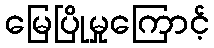
မြေပြိုမှုကြောင့်